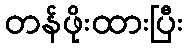
တန်ဖိုးထားပြီး